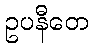
ဥပနီတေ